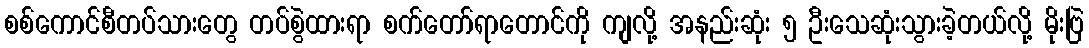
စစ်ကောင်စီတပ်သားတွေ တပ်စွဲထားရာ စက်တော်ရာတောင်ကို ကျလို့ အနည်းဆုံး ၅ ဦးသေဆုံးသွားခဲ့တယ်လို့ မိုးဗြဲ